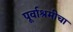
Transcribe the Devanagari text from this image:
पूर्वाश्रमीचा